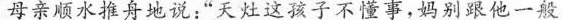
母亲顺水推舟地说:“天灶这孩子不懂事，妈别跟他一般